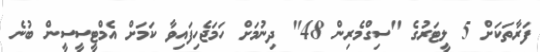
ފަރާތަކަށް 5 ލީޓަރުގެ "ސިގްމެރިން 48" ދިނުމަށް ހަމަޖެހިފައިވާ ކަމަށް އެމްޓީީސީސީން ބުނެ